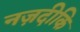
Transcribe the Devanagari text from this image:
नज़दीकि